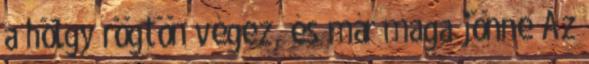
a hölgy rögtön végez, és már maga jönne Az